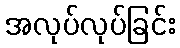
အလုပ်လုပ်ခြင်း